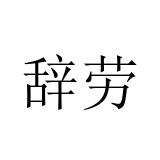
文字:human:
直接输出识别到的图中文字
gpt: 辞劳